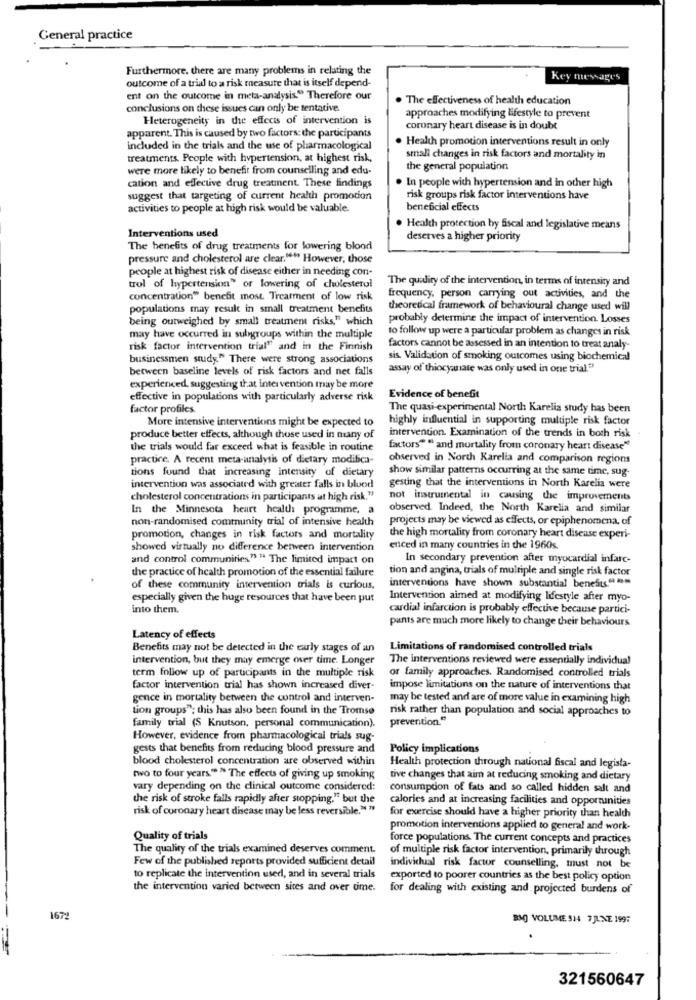
General practice
Furthermore, there are many problems in relating the
outcome of a trial to a risk measure that is itself depend-
Key messages
ent on the outcome in meta-analysis." Therefore our
. The effectiveness of health education
conclusions on these issues can only be tentative.
Heterogeneity in the effects of intervention is
approaches modifying lifestyle to prevent
coronary heart disease is in doubt
apparent. This is caused by two factors: the participants
. Health promotion interventions result in only
included in the trials and the use of pharmacological
treatments. People with hypertension, at highest risk,
small changes in risk factors and mortality in
were more likely to benefit from counselling and edu-
the general population
cation and effective drug treatment. These findings
. In people with hypertension and in other high
suggest that targeting of current health promotion
risk groups risk factor interventions have
activities to people at high risk would be valuable.
beneficial effects
Interventions used
Health protection by fiscal and legislative means
deserves a higher priority
The benefits of drug treatments for lowering blood
pressure and cholesterol are clear."" However, those
people at highest risk of disease either in needing con-
The quality of the intervention, in terms of intensity and
trol of hypertension" or lowering of cholesterol
concentration" benefit most. Treatment of low risk
frequency, person carrying out activities, and the
populations may result in small treatment benefits
theoretical framework of behavioural change used will
being outweighed by small treatment risks," which
probably determine the impact of intervention. Losses
to follow up were a particular problem as changes in risk
may have occurred in sulyggroups within the multiple
risk factor intervention trial" and in the Finnish
factors cannot be assessed in an intention to treat analy-
businessmen study." There were strong associations
sis. Validation of smoking outcomes using biochemical
between baseline levels of risk factors and net falls
assay of thiocyanate was only used in one trial."
experienced, suggesting that intervention may be more
effective in populations with particularly adverse risk
Evidence of benefit
factor profiles.
The quasi-experimental North Karelia study has been
More intensive interventions might be expected to
highly influential in supporting multiple risk factor
produce better effects, although those used in many of
intervention. Examination of the trends in both risk .
the trials would far exceed what is feasible in routine
factors" " and mortality from coronary heart disease"
practice. A recent meta-analysis of dietary modifica-
observed in North Karelia and comparison regions
tions found that increasing intensity of dietary
show similar patterns occurring at the same time, sug-
intervention was associated with greater falls in blood
gesting that the interventions in North Karelia were
cholesterol concentrations in participants at high risk."
not instrumental in causing the improvements
In the Minnesota heart health programme, a
observed. Indeed, the North Karelia and similar
non-randomised community trial of intensive health
projects may be viewed as effects, or epiphenomena, of
promotion, changes in risk factors and mortality
the high mortality from coronary heart disease experi-
showed virtually no difference between intervention
enced in many countries in the 1960s.
and control communities" " The limited impact on
In secondary prevention after myocardial infarc-
the practice of health promotion of the essential failure
tion and angina, trials of multiple and single risk factor
interventions have shown substantial benefits." >
of these community intervention trials is curious,
especially given the huge resources that have been put
Intervention aimed at modifying lifestyle after myo-
into them.
cardial infarction is probably effective because partici-
pants are much more likely to change their behaviours
Latency of effects
Benefits may not be detected in the early stages of an
Limitations of randomised controlled trials
intervention, but they may emerge over time. Longer
The interventions reviewed were essentially individual
term follow up of participants in the multiple risk
or family approaches. Randomised controlled trials
factor intervention trial has shown increased diver-
impose limitations on the nature of interventions that
gence in mortality between the control and interven-
may be tested and are of more value in examining high
tion groups"; this has also been found in the Tromsø
risk rather than population and social approaches to
prevention."
family trial (S Knutson, personal communication).
However, evidence from pharmacological trials sug-
gests that benefits from reducing blood pressure and
Policy implications
blood cholesterol concentration are observed within
Health protection through national fiscal and legisla-
two to four years ** * The effects of giving up smoking
tive changes that aim at reducing smoking and dietary
vary depending on the clinical outcome considered:
consumption of fats and so called hidden salt and
the risk of stroke falls rapidly after stopping." but the
calories and at increasing facilities and opportunities
risk of coronary heart disease may be less reversible." "
for exercise should have a higher priority than health
promotion interventions applied to general and work.
Quality of trials
force populations The current concepts and practices
The quality of the trials examined deserves comment.
of multiple risk factor intervention, primarily through
Few of the published reports provided sufficient detail
individual risk factor counselling, must not be
to replicate the intervention used, and in several trials
exported to poorer countries as the best policy option
the intervention varied between sites and over time.
for dealing with existing and . projected burdens of
1672
BMOJ VOLUME 914 7JUNE 1997
321560647